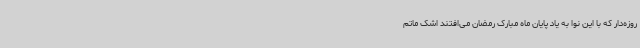
روزه‌دار که با این نوا به یاد پایان ماه مبارک رمضان می‌افتند اشک ماتم